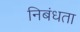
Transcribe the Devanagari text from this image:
निबंधता